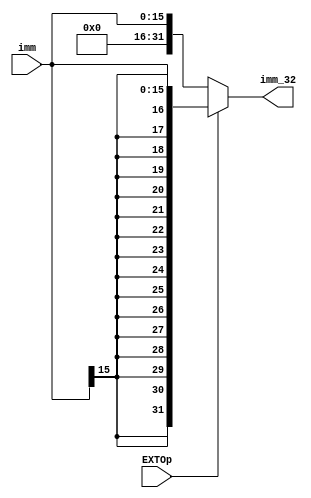
`timescale 1ns / 1ps
//////////////////////////////////////////////////////////////////////////////////
// Company: 
// Engineer: 
// 
// Design Name: 
// Module Name:    EXT 
// Project Name: 
// Target Devices: 
// Tool versions: 
// Description: 
//
// Dependencies: 
//
// Revision: 
// Revision 0.01 - File Created
// Additional Comments: 
//
//////////////////////////////////////////////////////////////////////////////////
module EXT(
input [15:0] imm,
input wire EXTOp,
output reg [31:0] imm_32
);
always@(*)begin
    if(EXTOp)begin
        imm_32 = {{16{imm[15]}},imm};
    end
    else begin
        imm_32 = {16'b0,imm};
    end
end
endmodule